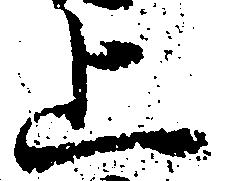
上